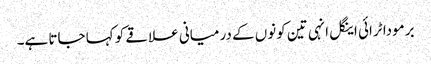
برمودا ٹرائی اینگل انہی تین کونوں کے درمیانی علاقے کو کہا جاتا ہے۔